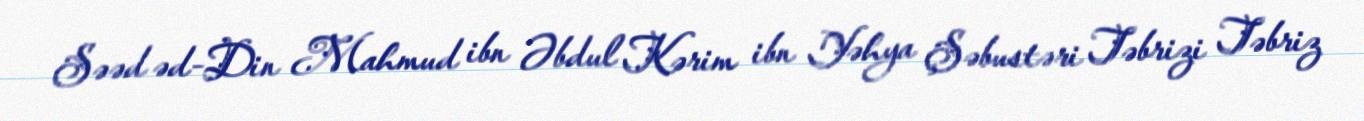
Səəd əd-Din Mahmud ibn Əbdul Kərim ibn Yəhya Şəbustəri Təbrizi Təbriz